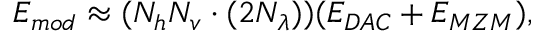
E _ { m o d } \approx ( N _ { h } N _ { v } \cdot ( 2 N _ { \lambda } ) ) ( E _ { D A C } + E _ { M Z M } ) ,